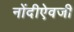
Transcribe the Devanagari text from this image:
नोंदीऐवजी